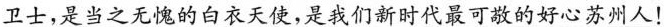
卫士，是当之无愧的白衣天使，是我们新时代最可敬的好心苏州人！